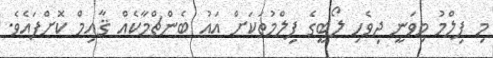
މި ފިލްމު މިވަނީ ދިވެހި ލޯބީގެ ފިލްމުތަކަށް އައު ބެންޗްމާކެއް ޤާއިމް ކޮށްފައެވެ.